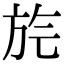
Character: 𣃢